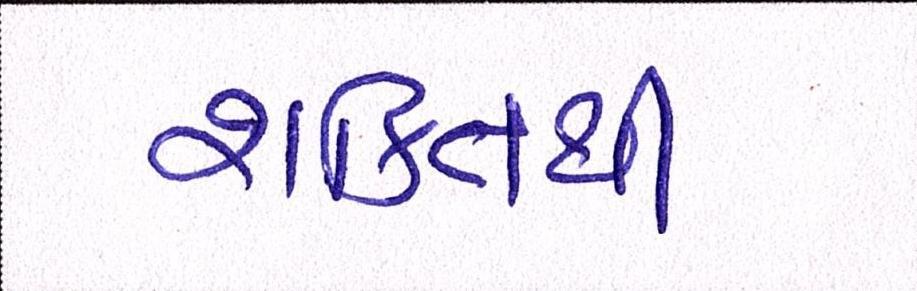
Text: શક્તિથી